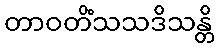
တာဝတိံသသဒိသန္တိ